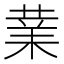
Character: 𭪙